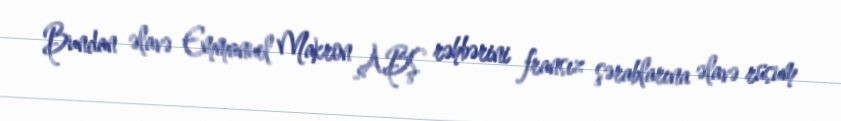
Bundan əlavə Emmanuel Makron ABŞ rəhbərini fransız şərablarına əlavə rüsum